Vaccination United Provinces of Agra and Oudh 1914-1922 - 1914-1922
Year: 1914
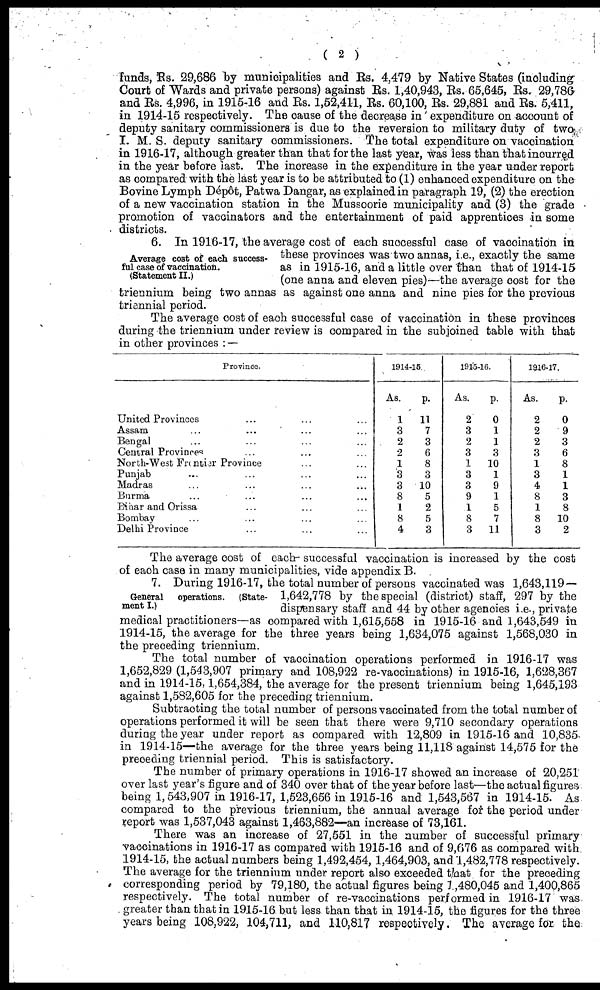
( 2 )
funds, Rs. 29,686 by municipalities and Rs. 4,479 by Native States (including
Court of Wards and private persons) against Rs. 1,40,943, Rs. 65,645, Rs. 29,786
and Rs. 4,996, in 1915-16 and Rs. 1,52,411, Rs. 60,100, Rs. 29,881 and Rs. 5,411,
in 1914-15 respectively. The cause of the decrease in expenditure on account of
deputy sanitary commissioners is due to the reversion to military duty of two
I. M. S. deputy sanitary commissioners. The total expenditure on vaccination
in 1916-17, although greater than that for the last year, was less than that incurred
in the year before last. The increase in the expenditure in the year under report
as compared with the last year is to be attributed to (1) enhanced expenditure on the
Bovine Lymph Dépôt, Patwa Dangar, as explained in paragraph 19, (2) the erection
of a new vaccination station in the Mussoorie municipality and (3) the grade
promotion of vaccinators and the entertainment of paid apprentices in some
districts.
Average cost of each success-
ful case of vaccination.
(Statement II.)
6. In 1916-17, the average cost of each successful case of vaccination in
these provinces was two annas, i.e., exactly the same
as in 1915-16, and a little over than that of 1914-15
(one anna and eleven pies)—the average cost for the
triennium being two annas as against one anna and nine pies for the previous
triennial period.
The average cost of each successful case of vaccination in these provinces
during the triennium under review is compared in the subjoined table with that
in other provinces : —
Province.
United Provinces ... ... ...
Assam ... ... ... ...
Bengal ... ... ... ...
Central Provinces ... ...
North-West Frontier Province ... ...
Punjab ... ... ... ...
Madras ... ... ... ...
Burma ... ... ... ...
Bihar and Orissa ... ... ...
Bombay ... ... ... ...
Delhi Province ... ... ...
1914-15
As.
1
3
2
2
1
3
3
8
1
8
4
p.
11
7
3
6
8
3
10
5
2
5
3
1915-16.
As.
2
3
2
3
1
3
3
9
1
8
3
p.
0
1
1
3
10
1
9
1
5
7
11
1916-17.
As.
2
2
2
3
1
3
4
8
1
8
3
p.
0
9
3
6
8
1
1
3
8
10
2
General operations. (State-
ment I.)
The average cost of each- successful vaccination is increased by the cost
of each case in many municipalities, vide appendix B.
7. During 1916-17, the total number of persons vaccinated was 1,643,119 —
1,642,778 by the special (district) staff, 297 by the
dispensary staff and 44 by other agencies i.e., private
medical practitioners—as compared with 1,615,558 in 1915-16 and 1,643,549 in
1914-15, the average for the three years being 1,634,075 against 1,568,030 in
the preceding triennium.
The total number of vaccination operations performed in 1916-17 was
1,652,829 (1,543,907 primary and 108,922 re-vaccinations) in 1915-16, 1,628,367
and in 1914-15,1,654,384, the average for the present triennium being 1,645,193
against 1,582,605 for the preceding triennium.
Subtracting the total number of persons vaccinated from the total number of
operations performed it will be seen that there were 9,710 secondary operations
during the year under report as compared with 12,809 in 1915-16 and 10,835
in 1914-15—the average for the three years being 11,118 against 14,575 for the
preceding triennial period. This is satisfactory.
The number of primary operations in 1916-17 showed an increase of 20,251
over last year's figure and of 340 over that of the year before last—the actual figures
being 1,543,907 in 1916-17, 1,523,656 in 1915-16 and 1,543,567 in 1914-15. As
compared to the previous triennium, the annual average for the period under
report was 1,537,043 against 1,463,882—an increase of 73,161.
There was an increase of 27,551 in the number of successful primary
vaccinations in 1916-17 as compared with 1915-16 and of 9,676 as compared with
1914-15, the actual numbers being 1,492,454, 1,464,903, and 1,482,778 respectively.
The average for the triennium under report also exceeded that for the preceding
corresponding period by 79,180, the actual figures being 1 ,480,045 and 1,400,865
respectively. The total number of re-vaccinations performed in 1916-17 was
greater than that in 1915-16 but less than that in 1914-15, the figures for the three
years being 108,922, 104,711, and 110,817 respectively. The average for the